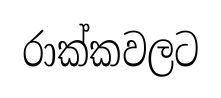
රාක්කවලට